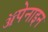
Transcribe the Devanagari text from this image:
ॲपेनाइन